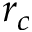
r _ { c }